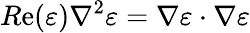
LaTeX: R\mathrm{e}(\varepsilon)\nabla^{2}\varepsilon=\nabla\varepsilon\cdot\nabla\varepsilon